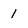
Character: 1